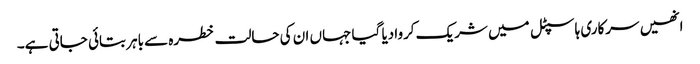
انھیں سرکاری ہاسپٹل میں شریک کروادیا گیا جہاں ان کی حالت خطرہ سے باہر بتائی جاتی ہے۔